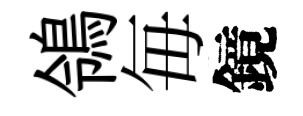
鴒毎鏡